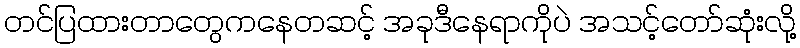
တင်ပြထားတာတွေကနေတဆင့် အခုဒီနေရာကိုပဲ အသင့်တော်ဆုံးလို့